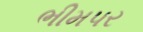
ભીમપર